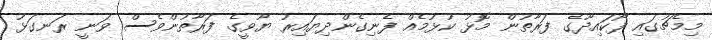
މިމެޗުގައި ފޯކައިދޫގެ ފަރާތުން މޮޅު ކުޅުމެއް ފެނިގެންދިޔައިރު ޔޫވީގެ ފަރާތުންވެސް ވަނީ ރަނގަޅު